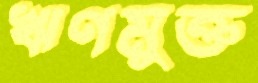
ঋণমুক্ত